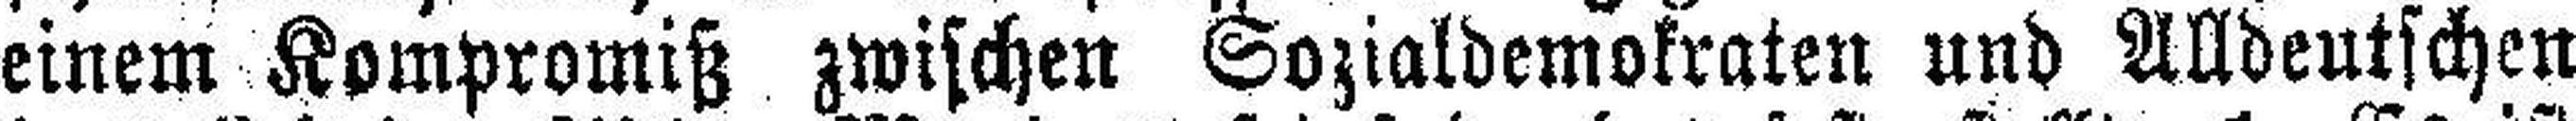
einem Kompromiß zwischen Sozialdemokraten und Alldeutschen